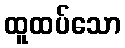
ထူထပ်သော